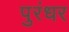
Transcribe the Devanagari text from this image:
पुरंधर